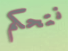
نتحكم